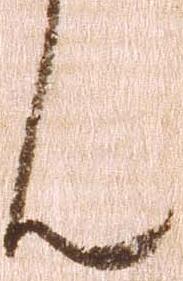
ん